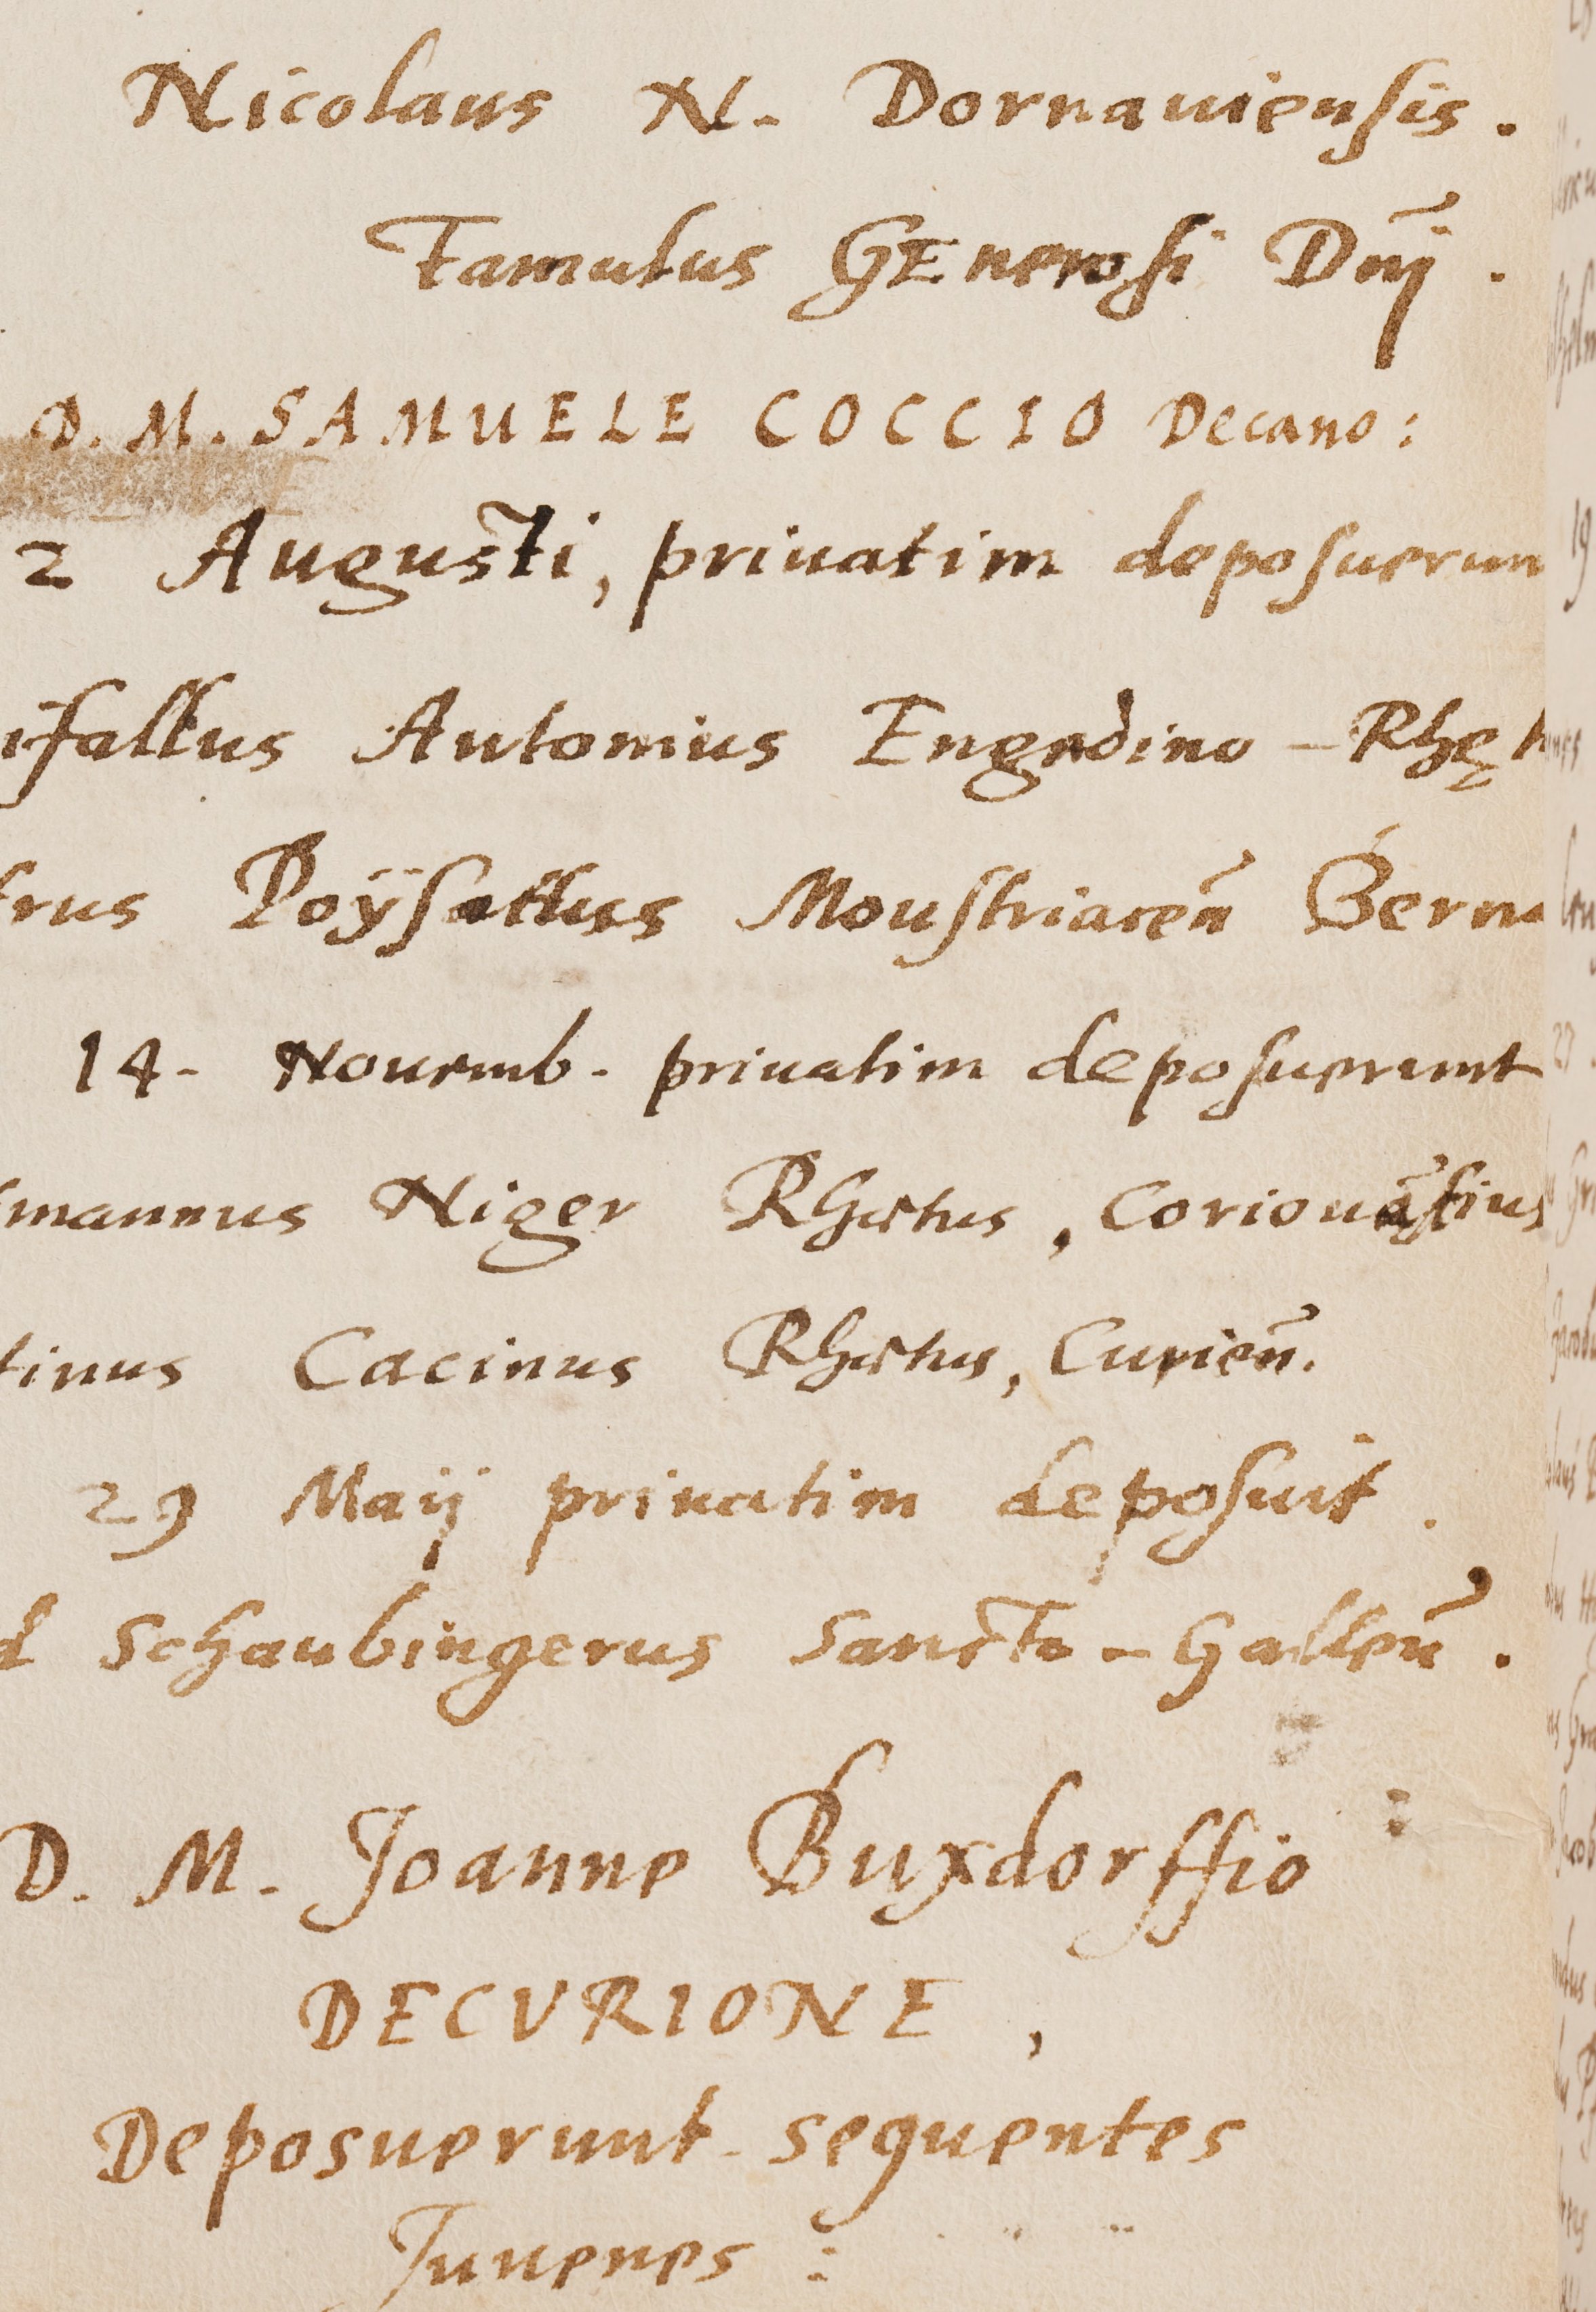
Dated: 1543–1672